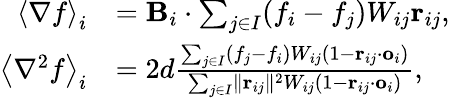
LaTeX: \begin{array}{rl}{\left<\nabla f\right>_{i}}&{=\mathbf{B}_{i}\cdot\sum_{j\in I}(f_{i}-f_{j})W_{ij}\mathbf{r}_{ij},}\\ {\left<\nabla^{2}f\right>_{i}}&{=2d\frac{\sum_{j\in I}(f_{j}-f_{i})W_{ij}\left(1-\mathbf{r}_{ij}\cdot\mathbf{o}_{i}\right)}{\sum_{j\in I}\lVert\mathbf{r}_{ij}\rVert^{2}W_{ij}\left(1-\mathbf{r}_{ij}\cdot\mathbf{o}_{i}\right)},}\end{array}